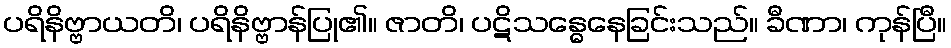
ပရိနိဗ္ဗာယတိ၊ ပရိနိဗ္ဗာန်ပြု၏။ ဇာတိ၊ ပဋိသန္ဓေနေခြင်းသည်။ ခီဏာ၊ ကုန်ပြီ။